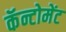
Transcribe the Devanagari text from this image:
कॅन्टोमेंट